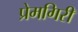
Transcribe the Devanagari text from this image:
प्रेमगिरी